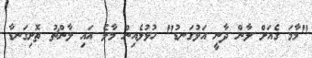
"މާމަ ގެއަށް ލާން ދާނީ އަޅުގަނޑު" ހުޅުލެއިން މާލެ އައި ލާންޗު ތޮށިގަނޑާ